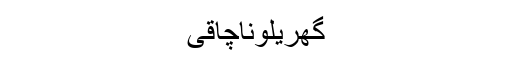
گھریلوناچاقی